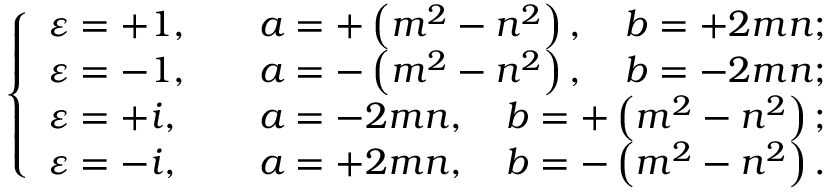
{ \left\{ \begin{array} { l l } { \varepsilon = + 1 , } & { \quad a = + \left( m ^ { 2 } - n ^ { 2 } \right) , \quad b = + 2 m n ; } \\ { \varepsilon = - 1 , } & { \quad a = - \left( m ^ { 2 } - n ^ { 2 } \right) , \quad b = - 2 m n ; } \\ { \varepsilon = + i , } & { \quad a = - 2 m n , \quad b = + \left( m ^ { 2 } - n ^ { 2 } \right) ; } \\ { \varepsilon = - i , } & { \quad a = + 2 m n , \quad b = - \left( m ^ { 2 } - n ^ { 2 } \right) . } \end{array} \right. }